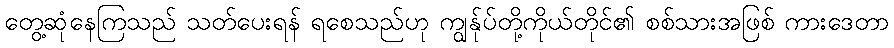
တွေ့ဆုံနေကြသည် သတ်ပေးရန် ရစေသည်ဟု ကျွန်ုပ်တို့ကိုယ်တိုင်၏ စစ်သားအဖြစ် ကားဒေတာ